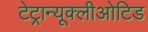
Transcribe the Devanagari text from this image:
टेट्रान्यूक्लीओटिड